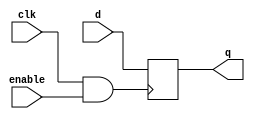
module gate_g(input d,clk,enable,output reg q);
  wire g_clk;
  assign g_clk=clk&enable;
  always@(posedge g_clk)
    q<=d;
endmodule